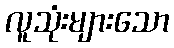
လူသုံးများသော